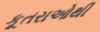
કૂતરાઓથી